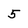
Character: 5